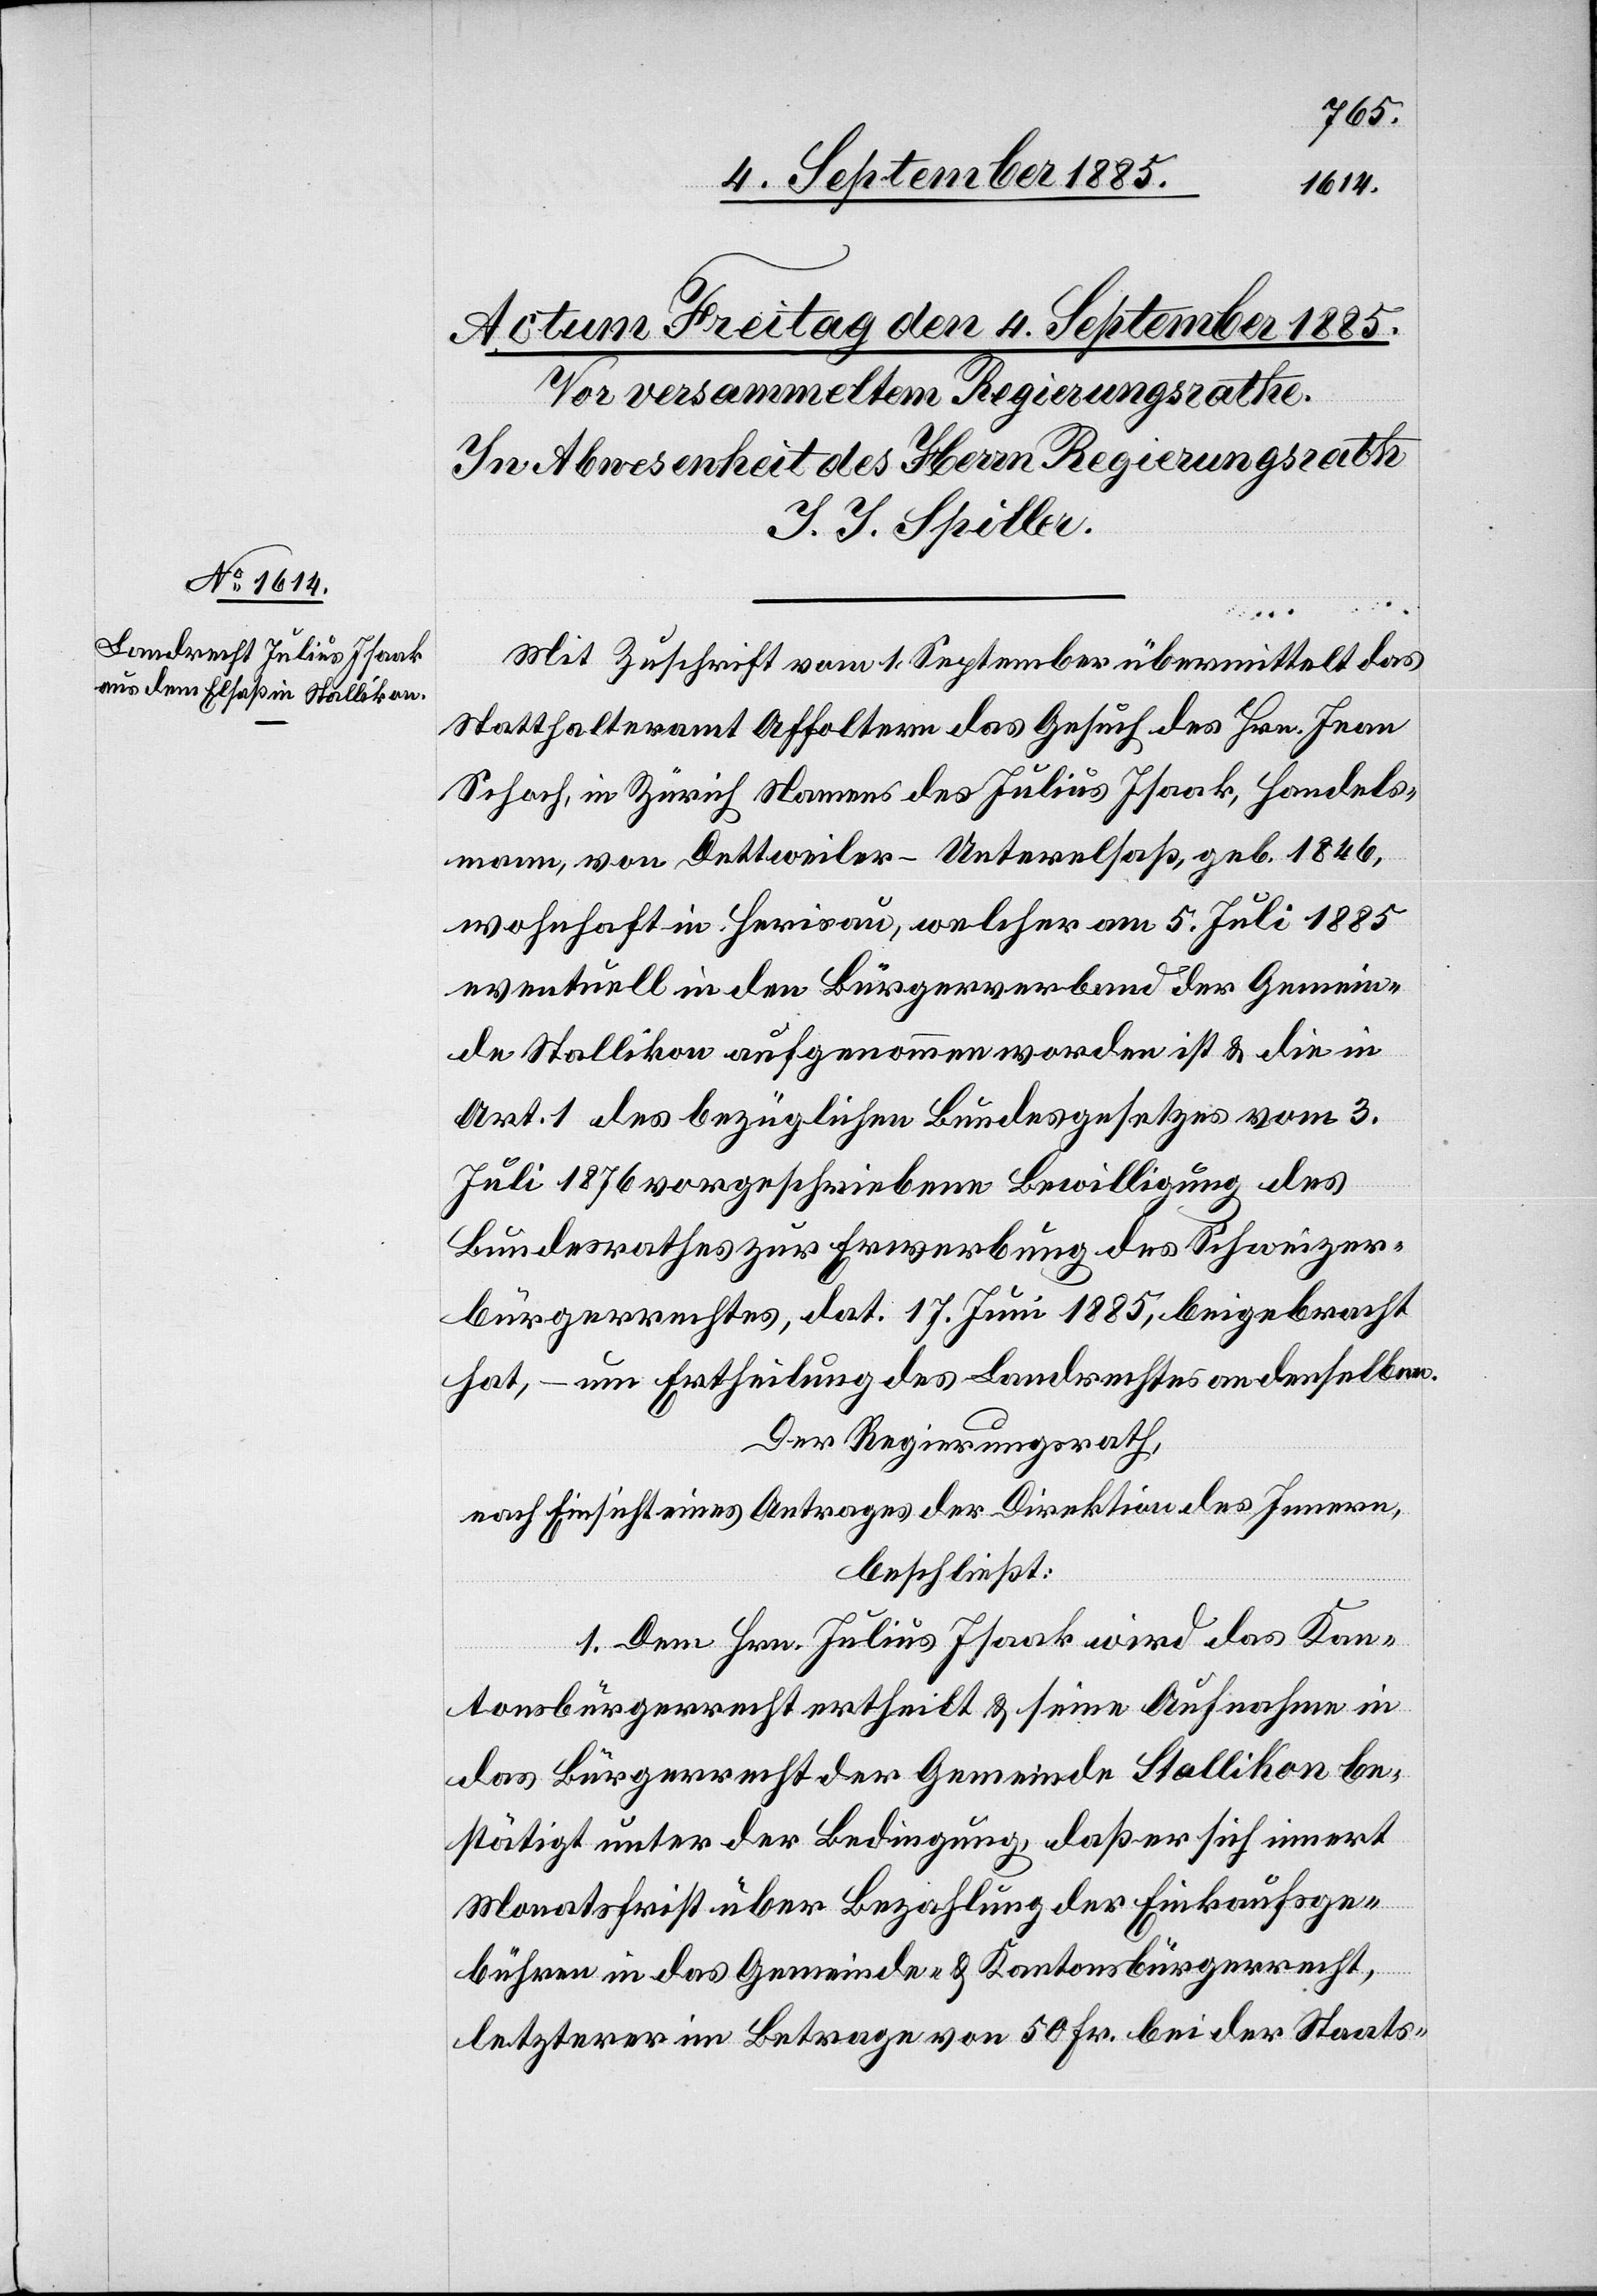
Mit Zuschrift vom 1. September übermittelt das
Statthalteramt Affoltern das Gesuch des Hrn. Jean
Schoch, in Zürich Namens des Julius Isaak, Handels¬
mann, von Dettweiler - Unterelsaß, geb. 1846,
wohnhaft in Herisau, welcher am 5. Juli 1885
eventuell in den Bürgerverband der Gemein¬
de Stallikon aufgenommen worden ist & die in
Art. 1 des bezüglichen Bundesgesetzes vom 3.
Juli 1876 vorgeschriebene Bewilligung des
Bundesrathes zur Erwerbung des Schweizer¬
bürgerrechts, dat. 17. Juni 1885, beigebracht
hat, – um Ertheilung des Landrechtes an denselben.
Der Regierungsrath,
nach Einsicht eines Antrages der Direktion des Innern,
beschließt:
1. Dem Hrn. Julius Isaak wird das Kan¬
tonsbürgerrecht ertheilt & seine Aufnahme in
das Bürgerrecht der Gemeinde Stallikon be¬
stätigt unter der Bedingung, daß er sich innert
Monatsfrist über Bezahlung der Einkaufsge¬
bühren in das Gemeinde- & Kantonsbürgerrecht,
letzterer im Betrage von 50 Fr. bei der Staats-